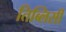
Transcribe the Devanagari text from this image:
तिब्लिसी